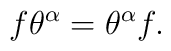
f\theta^\alpha = \theta^\alpha f.